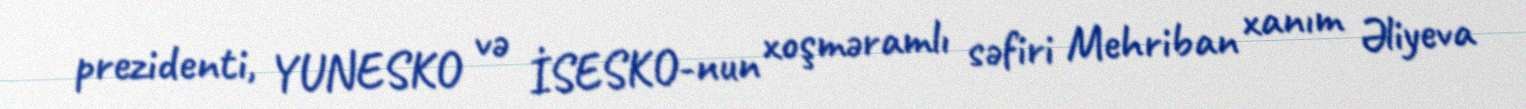
prezidenti, YUNESKO və İSESKO-nun xoşməramlı səfiri Mehriban xanım Əliyeva